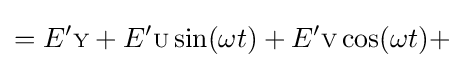
=E'{\scriptstyle {\text{Y}}}+E'{\scriptstyle {\text{U}}}\sin(\omega t)+E'{\scriptstyle {\text{V}}}\cos(\omega t)+